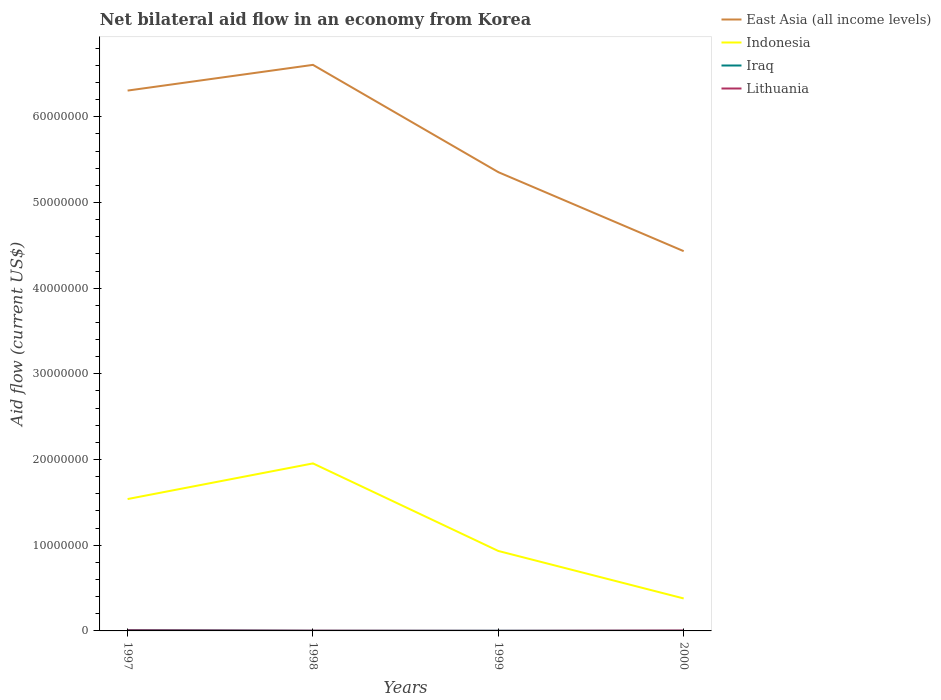
| Years | East Asia (all income levels) | Indonesia | Iraq | Lithuania |
 | --- | --- | --- | --- | --- |
 | 1997 | 6.31e+07 | 1.54e+07 | 1e+05 | 7e+04 |
 | 1998 | 6.61e+07 | 1.96e+07 | 2e+04 | 3e+04 |
 | 1999 | 5.35e+07 | 9.33e+06 | 2e+04 | 1e+04 |
 | 2000 | 4.43e+07 | 3.79e+06 | 2e+04 | 5e+04 |